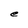
Character: e